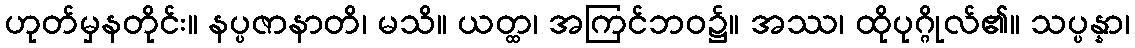
ဟုတ်မှနတိုင်း။ နပ္ပဇာနာတိ၊ မသိ။ ယတ္ထ၊ အကြင်ဘဝ၌။ အဿ၊ ထိုပုဂ္ဂိုလ်၏။ သပ္ပန္နာ၊